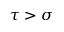
\tau > \sigma